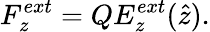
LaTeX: F_{z}^{ext}={Q}E_{z}^{ext}{(\hat{z})}{.}